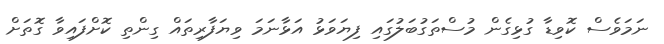
ނަމަވެސް ކޮވިޑާ ގުޅިގެން މުސްތަގުބަލުގައި ފިޔަވަޅު އަޅާނަމަ ވިޔަފާރިތައް ގިންތި ކޮށްފައިވާ ގޮތަށް